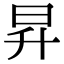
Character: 昇